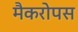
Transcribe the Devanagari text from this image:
मैकरोपस